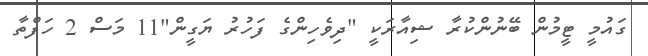
ގައުމީ ޓީމުން ބޭނުންކުރާ ޝިއާރަކީ "ދިވެހިންގެ ފަހުރު ޔަގީން"11 މަސް 2 ހަފްތާ